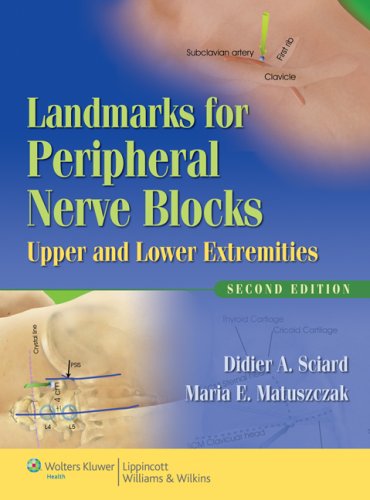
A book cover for Landmarks for Peripheral Nerve Blocks: Upper and Lower Extremities; Didier A. Sciard MD; Medical Books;